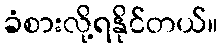
ခံစားလို့ရနိုင်တယ်။